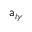
\mathsf { a } _ { i \gamma }